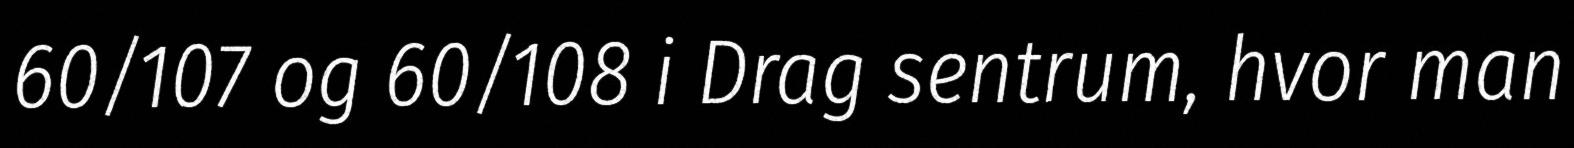
60/107 og 60/108 i Drag sentrum, hvor man